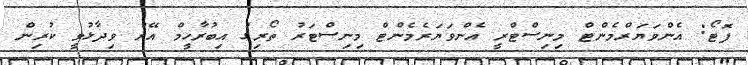
ފޮޓޯ: އެންވަޔަރްމެންޓް މިނިސްޓްރީ އެންވަޔަރެމެންޓް މިނިސްޓަރު ތޯރިގު އިބުރާހީމް އޭރު ވިދާޅުވީ ކުރިން